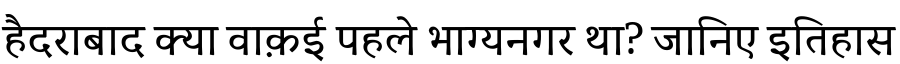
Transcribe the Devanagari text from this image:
हैदराबाद क्या वाक़ई पहले भाग्यनगर था? जानिए इतिहास